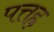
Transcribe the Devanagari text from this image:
पत्तह्र